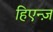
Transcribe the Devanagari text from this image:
हिएन्ज़